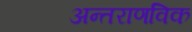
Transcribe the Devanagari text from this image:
अन्तराणविक